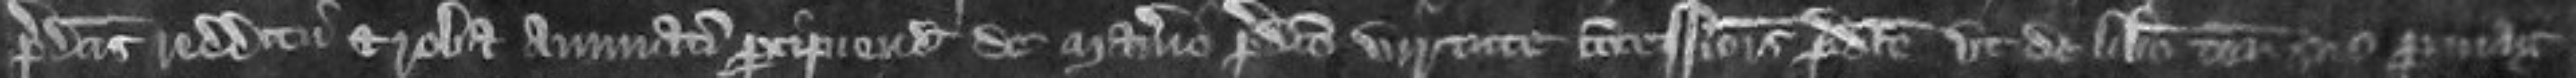
predictis redditu et roba annuatim percipiendis de manerio predicto virtute concessionis predicte ut de libero tenemento suo per mag